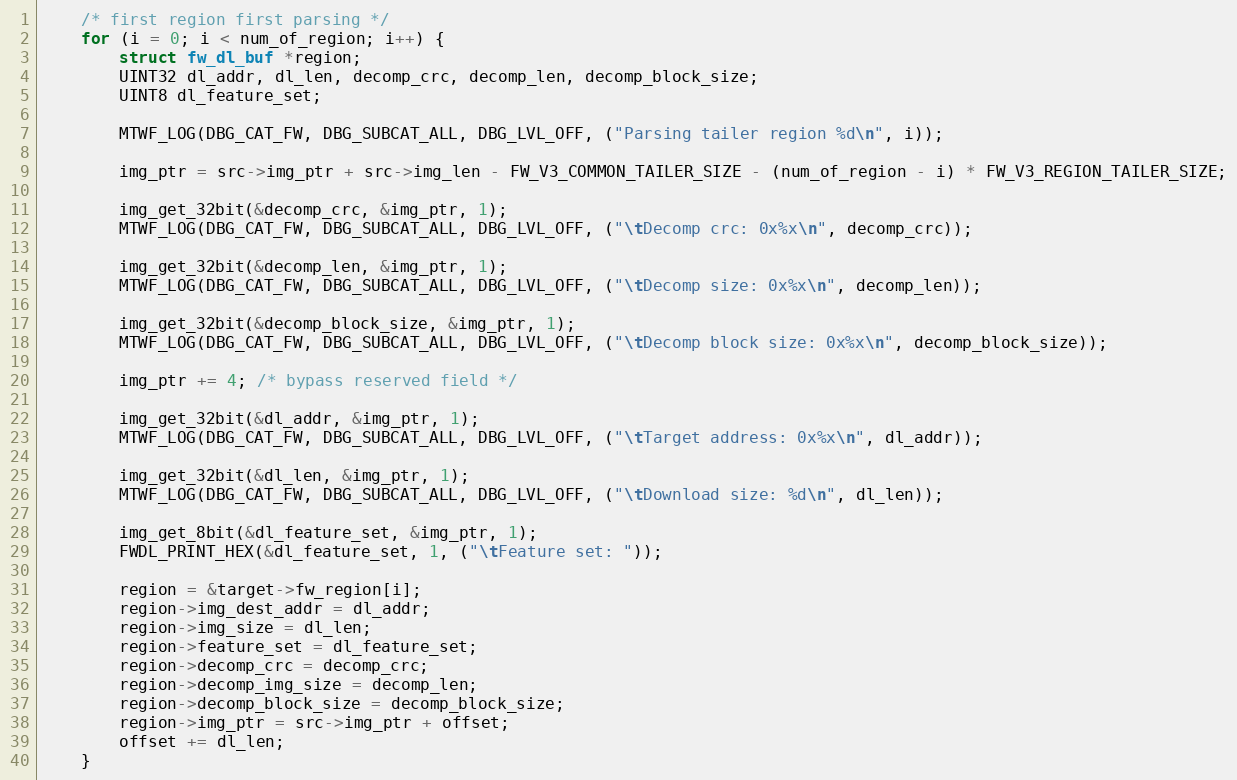
Language: C
	/* first region first parsing */
	for (i = 0; i < num_of_region; i++) {
		struct fw_dl_buf *region;
		UINT32 dl_addr, dl_len, decomp_crc, decomp_len, decomp_block_size;
		UINT8 dl_feature_set;

		MTWF_LOG(DBG_CAT_FW, DBG_SUBCAT_ALL, DBG_LVL_OFF, ("Parsing tailer region %d\n", i));

		img_ptr = src->img_ptr + src->img_len - FW_V3_COMMON_TAILER_SIZE - (num_of_region - i) * FW_V3_REGION_TAILER_SIZE;

		img_get_32bit(&decomp_crc, &img_ptr, 1);
		MTWF_LOG(DBG_CAT_FW, DBG_SUBCAT_ALL, DBG_LVL_OFF, ("\tDecomp crc: 0x%x\n", decomp_crc));

		img_get_32bit(&decomp_len, &img_ptr, 1);
		MTWF_LOG(DBG_CAT_FW, DBG_SUBCAT_ALL, DBG_LVL_OFF, ("\tDecomp size: 0x%x\n", decomp_len));

		img_get_32bit(&decomp_block_size, &img_ptr, 1);
		MTWF_LOG(DBG_CAT_FW, DBG_SUBCAT_ALL, DBG_LVL_OFF, ("\tDecomp block size: 0x%x\n", decomp_block_size));

		img_ptr += 4; /* bypass reserved field */

		img_get_32bit(&dl_addr, &img_ptr, 1);
		MTWF_LOG(DBG_CAT_FW, DBG_SUBCAT_ALL, DBG_LVL_OFF, ("\tTarget address: 0x%x\n", dl_addr));

		img_get_32bit(&dl_len, &img_ptr, 1);
		MTWF_LOG(DBG_CAT_FW, DBG_SUBCAT_ALL, DBG_LVL_OFF, ("\tDownload size: %d\n", dl_len));

		img_get_8bit(&dl_feature_set, &img_ptr, 1);
		FWDL_PRINT_HEX(&dl_feature_set, 1, ("\tFeature set: "));

		region = &target->fw_region[i];
		region->img_dest_addr = dl_addr;
		region->img_size = dl_len;
		region->feature_set = dl_feature_set;
		region->decomp_crc = decomp_crc;
		region->decomp_img_size = decomp_len;
		region->decomp_block_size = decomp_block_size;
		region->img_ptr = src->img_ptr + offset;
		offset += dl_len;
	}